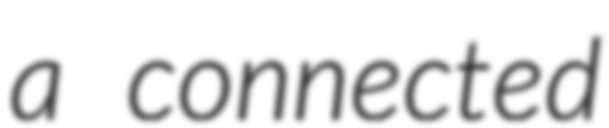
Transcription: a connected